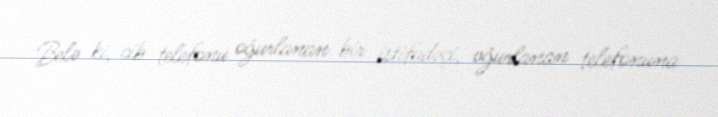
Belə ki, cib telefonu oğurlanan bir istifadəçi, oğurlanan telefonuna